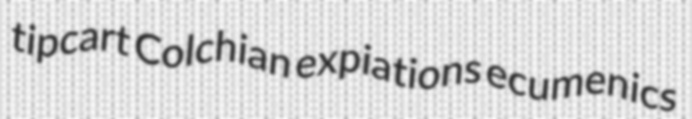
tipcart Colchian expiations ecumenics